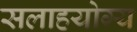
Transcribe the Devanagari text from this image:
सलाहयोग्य